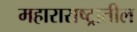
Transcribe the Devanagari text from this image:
महाराराष्ट्रातील